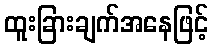
ထူးခြားချက်အနေဖြင့်